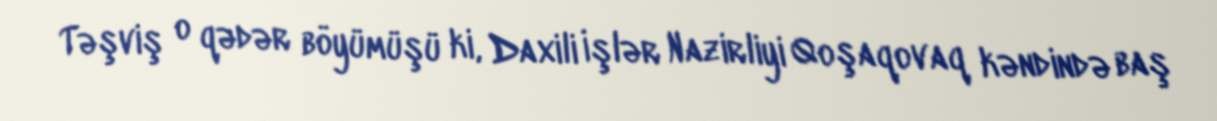
Təşviş o qədər böyümüşü ki, Daxili İşlər Nazirliyi Qoşaqovaq kəndində baş